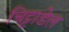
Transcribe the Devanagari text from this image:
चिट्टाडेल